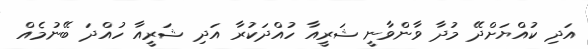
އަދި ކުއްޔަށްދޭ މުދާ ވާންވާނީ ޝަރީއާ ހުއްދަކުރާ އަދި ޝަރީއާ ހުއްދަ ބޭނުމެއް